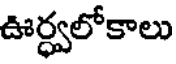
ఊర్ధ్వలోకాలు